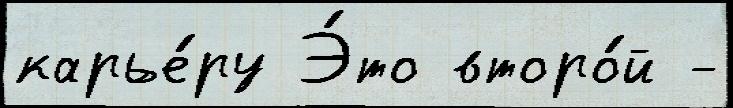
карье́ру Э́то второ́й -